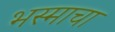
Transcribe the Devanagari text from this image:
भस्माचा